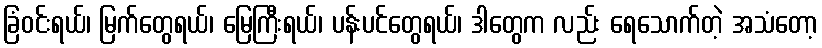
ခြံဝင်းရယ်၊ မြက်တွေရယ်၊ မြေကြီးရယ်၊ ပန်းပင်တွေရယ်၊ ဒါတွေက လည်း ရေသောက်တဲ့ အသံတော့